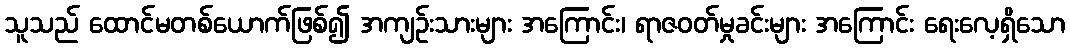
သူသည် ထောင်မတစ်ယောက်ဖြစ်၍ အကျဉ်းသားများ အကြောင်း၊ ရာဇဝတ်မှုခင်းများ အကြောင်း ရေးလေ့ရှိသော